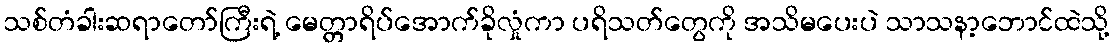
သစ်တံခါးဆရာတော်ကြီးရဲ့ မေတ္တာရိပ်အောက်ခိုလှုံကာ ပရိသတ်တွေကို အသိမပေးပဲ သာသနာ့ဘောင်ထဲသို့